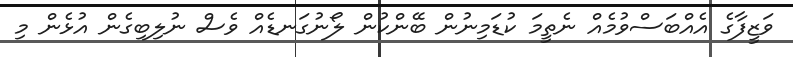
ވަޒީފާގެ އެއްބަސްވުމެއް ނެތީމަ ކުޑަމިނުން ބޭންކުން ލޯނުގަނޑެއް ވެސް ނުލިބިގެން އުޅެން މި